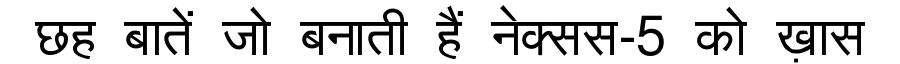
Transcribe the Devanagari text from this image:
छह बातें जो बनाती हैं नेक्सस-5 को ख़ास